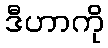
ဒီဟာကို